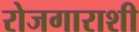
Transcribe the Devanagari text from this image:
रोजगाराशी